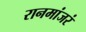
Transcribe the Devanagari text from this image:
रानमांजरं